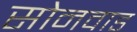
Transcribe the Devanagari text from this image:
सोनवाड